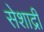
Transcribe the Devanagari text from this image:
सेशाद्री